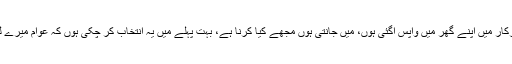
بی بی اپنے جذبات کو یوں بیان کرتی ہیں ’’آخرکار میں اپنے گھر میں واپس آگئی ہوں، میں جانتی ہوں مجھے کیا کرنا ہے، بہت پہلے میں یہ انتخاب کر چکی ہوں کہ عوام میرے لئے معتبر ہیں اور سب سے معتبر رہیں گے‘‘۔